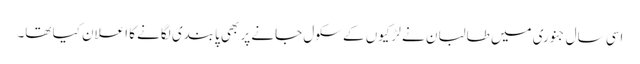
اسی سال جنوری میں طالبان نے لڑکیوں کے سکول جانے پر بھی پابندی لگانے کا اعلان کیا تھا۔